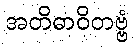
အတိဓာဝိတဗ္ဗံ